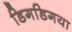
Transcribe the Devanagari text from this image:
डिगडिगया